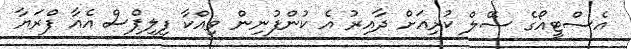
އެސްޓީއޯގެ ސޭލް ކުރިއަށް ދާއިރު އެ ކުންފުނިން ވިއްކާ ފިލިޕްސް އެއާ ފްރަޔާ